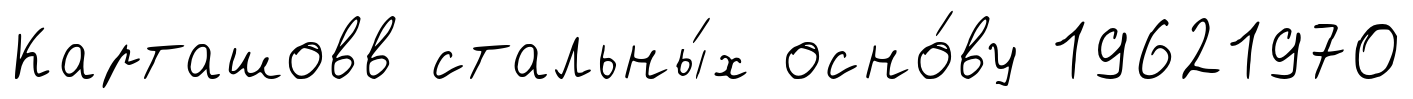
Карташовв стальны́х осно́ву 19621970